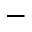
-